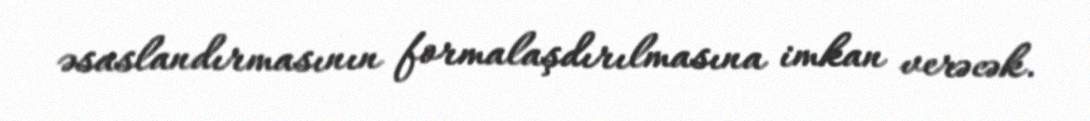
əsaslandırmasının formalaşdırılmasına imkan verəcək.